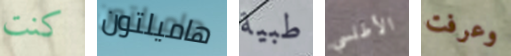
كنت هاميلتون طبية الأطلسي وعرفت